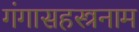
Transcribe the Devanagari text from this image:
गंगासहस्त्रनाम